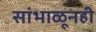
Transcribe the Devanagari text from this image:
सांभाळूनही